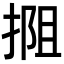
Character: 𫽖